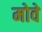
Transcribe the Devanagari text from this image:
मोवे